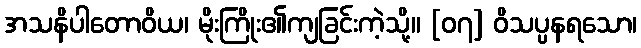
အသနိပါတောဝိယ၊ မိုးကြိုး၏ကျခြင်းကဲ့သို့။ [၀၇] ဝိသပ္ပနရသော၊